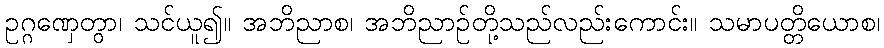
ဥဂ္ဂဏှေတွာ၊ သင်ယူ၍။ အဘိညာစ၊ အဘိညာဉ်တို့သည်လည်းကောင်း။ သမာပတ္တိယောစ၊